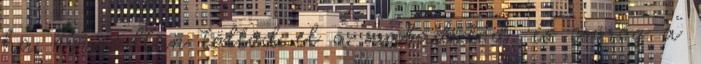
ha nyugodtan töltöd el a szabadidőd, és csörög a